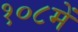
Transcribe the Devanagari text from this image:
१०८में